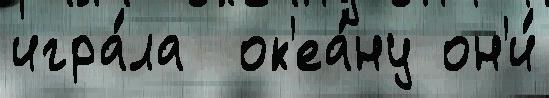
игра́ла  ок'еа́ну он'и́